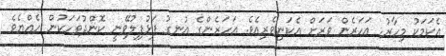
އެކަމަކު މިހާރު. އަހަރެން ވަރަށް އެކަނިވެރިއެވެ. އަހަރެންގެ އުނގު ފަޅުފިލުވޭނީ ކޮންދުވަހަކުން ހެއްޔެވެ